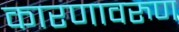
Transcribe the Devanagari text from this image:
कारणावरुण